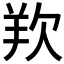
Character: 𭭋